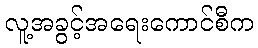
လူ့အခွင့်အရေးကောင်စီက